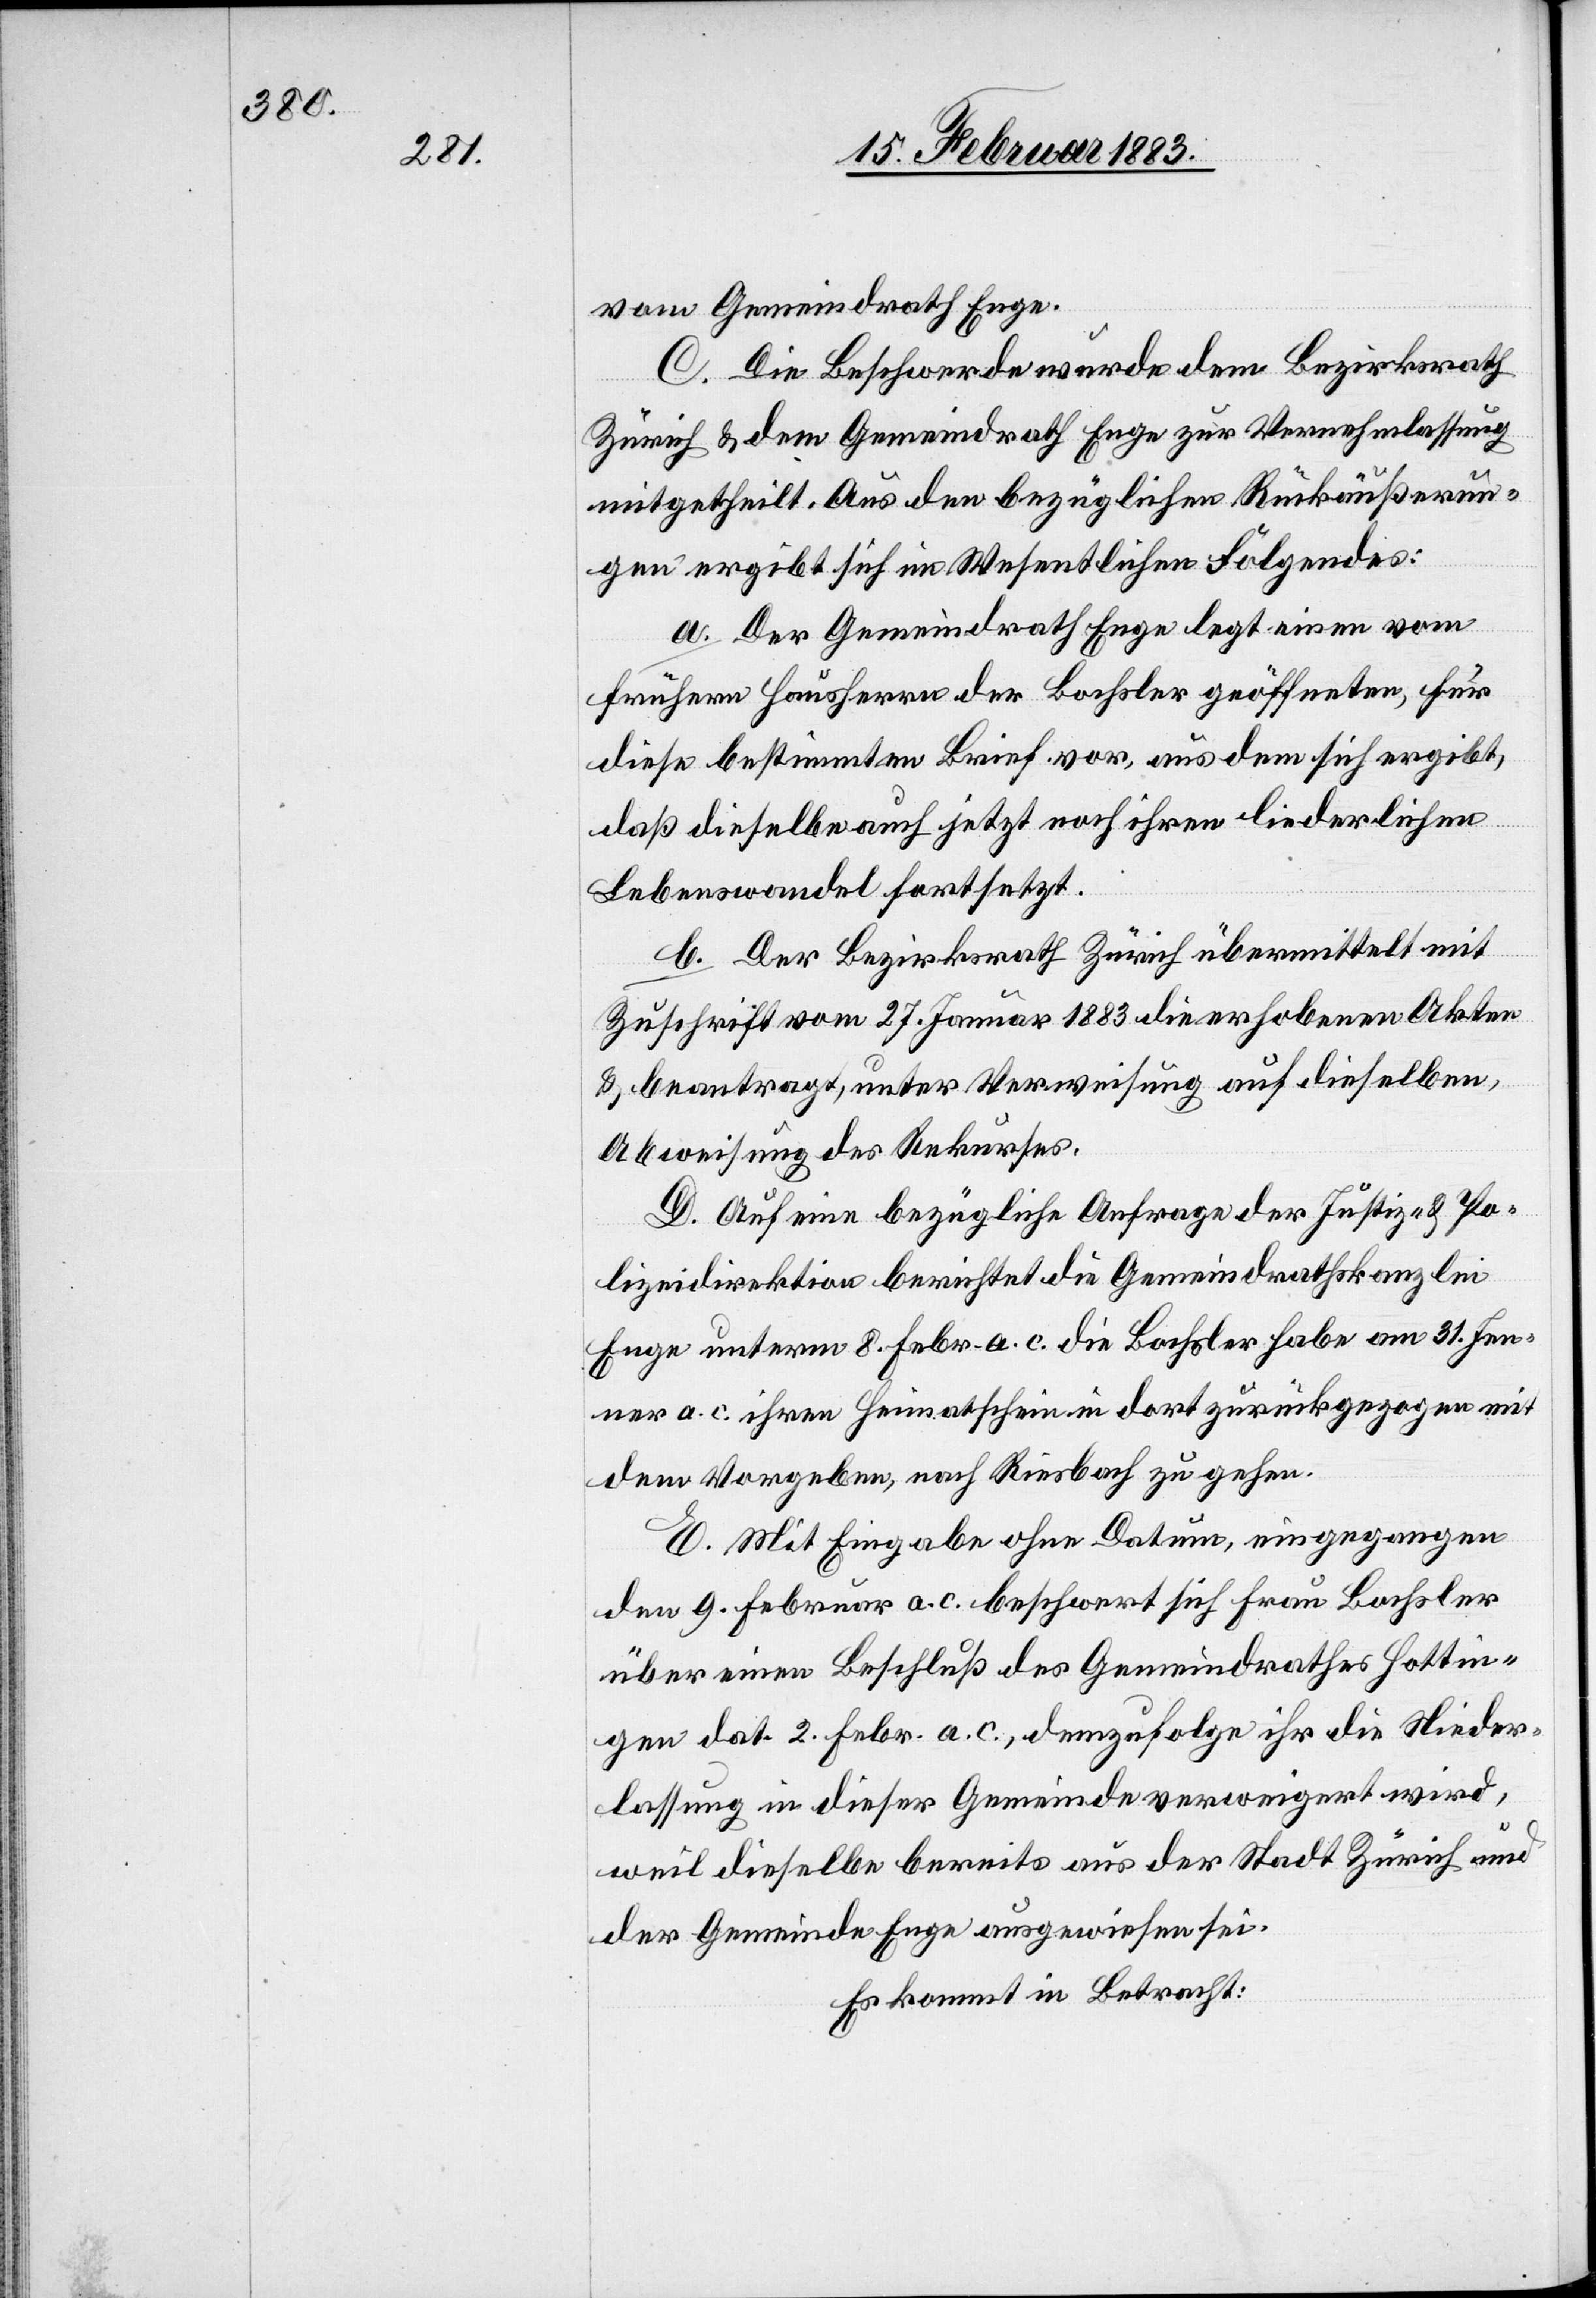
vom Gemeindrath Enge.
C. Die Beschwerde wurde dem Bezirksrath
Zürich & dem Gemeindrath Enge zur Vernehmlassung
mitgetheilt. Aus den bezüglichen Rückäußerun¬
gen ergibt sich im Wesentlichen Folgendes:
a. Der Gemeindrath Enge legt einen vom
frühern Hausherrn der Bochsler geöffneten, für
diese bestimmten Brief vor, aus dem sich ergibt,
daß dieselbe auch jetzt noch ihren liederlichen
Lebenswandel fortsetzt.
b. Der Bezirksrath Zürich übermittelt mit
Zuschrift vom 27. Januar 1883 die erhobenen Akten
& beantragt, unter Verweisung auf dieselben,
Abweisung des Rekurses.
D. Auf eine bezügliche Anfrage der Justiz- & Po¬
lizeidirektion berichtet die Gemeindrathskanzlei
Enge unterm 8. Febr. a. c. die Bochsler habe am 31. Jen¬
ner a. c. ihren Heimatschein in dort zurückgezogen mit
dem Vorgeben, nach Riesbach zu gehen.
E. Mit Eingabe ohne Datum, eingegangen
den 9. Februar a. c. beschwert sich Frau Bochsler
über einen Beschluß des Gemeindrathes Hottin¬
gen dat. 2. Febr. a. c., demzufolge ihr die Nieder¬
lassung in dieser Gemeinde verweigert wird,
weil dieselbe bereits aus der Stadt Zürich und
der Gemeinde Enge ausgewiesen sei.
Es kommt in Betracht: